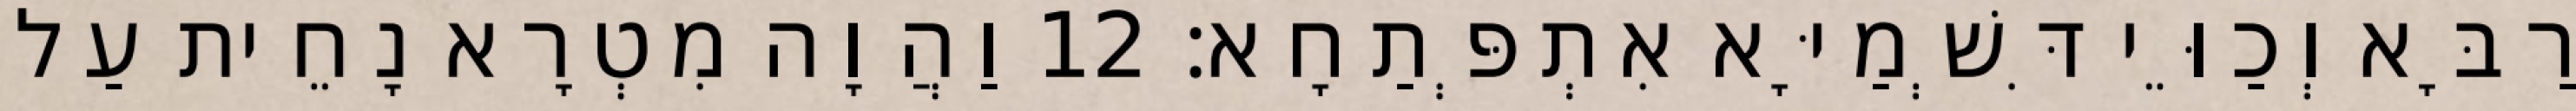
רַבָּא וְכַוֵּי דִּשְׁמַיָּא אִתְפְּתַחָא׃ 12 וַהֲוָה מִטְרָא נָחֵית עַל